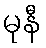
မုနီ